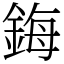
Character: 鋂